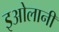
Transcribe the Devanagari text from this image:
इओलानी